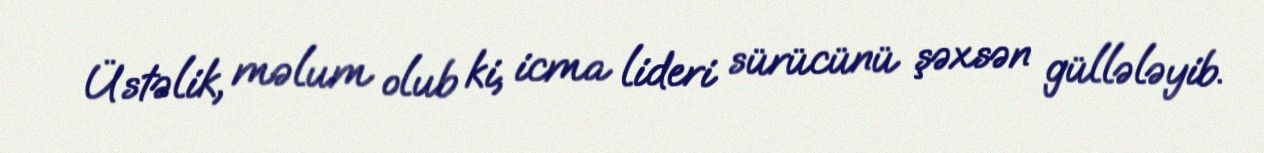
Üstəlik, məlum olub ki, icma lideri sürücünü şəxsən güllələyib.